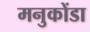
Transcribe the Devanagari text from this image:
मनुकोंडा